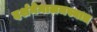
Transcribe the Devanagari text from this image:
दर्शनेनालमस्यात्र